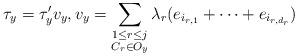
LaTeX: \begin{align*}\tau_y = \tau'_y v_y, v_y = \sum_{\substack{1 \leq r \leq j \\ C_r \in O_y}} \lambda_r (e_{i_{r,1}} + \dots + e_{i_{r,d_r}})\end{align*}